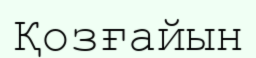
Қозғайын